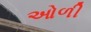
ઓળી